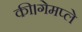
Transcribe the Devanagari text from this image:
की।गेमप्ले